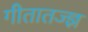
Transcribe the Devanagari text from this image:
गीतातज्ज्ञ